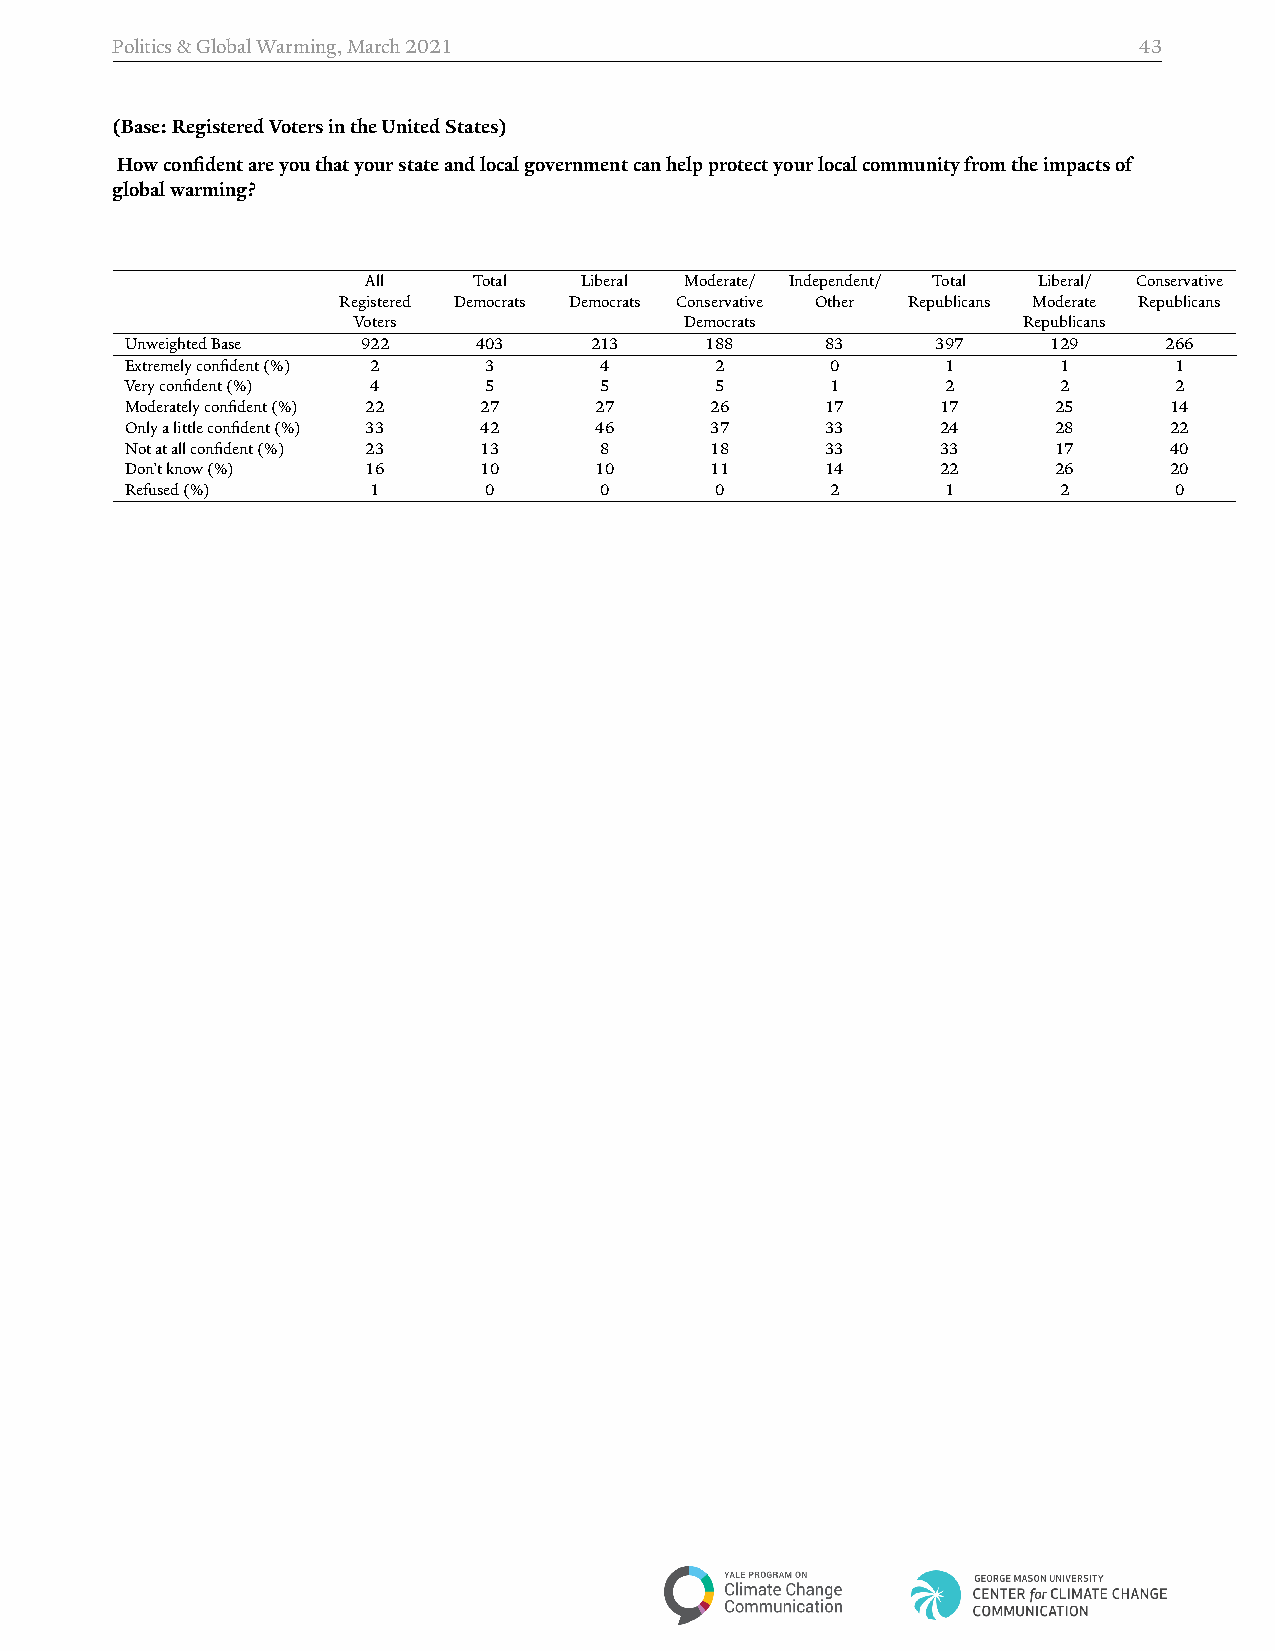
Politics&GlobalWarming,March2021                                    43
 (Base:RegisteredVotersintheUnitedStates)
 Howconfidentareyouthatyourstateandlocalgovernmentcanhelpprotectyourlocalcommunityfromtheimpactsof
 globalwarming?
 All    Total  Liberal Moderate/ Independent/ Total Liberal/ Conservative
 Registered Democrats Democrats Conservative Other Republicans Moderate Republicans
 Voters                Democrats              Republicans
 UnweightedBase  922    403     213     188     83     397     129    266
 Extremelyconfident(%) 2 3       4      2       0       1      1       1
 Veryconfident(%) 4      5       5      5       1       2      2       2
 Moderatelyconfident(%) 22 27   27      26      17     17      25     14
 Onlyalittleconfident(%) 33 42  46      37      33     24      28     22
 Notatallconfident(%) 23 13      8      18      33     33      17     40
 Don’tknow(%)    16      10     10      11      14     22      26     20
 Refused(%)       1      0       0      0       2       1      2       0